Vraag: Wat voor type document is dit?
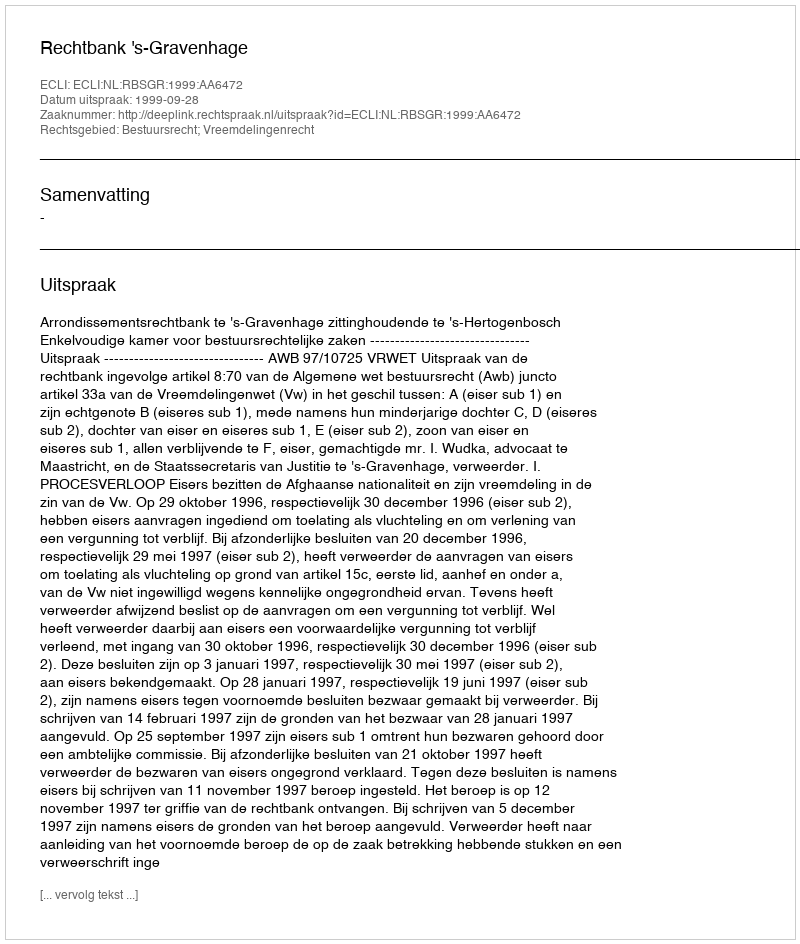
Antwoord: Uitspraak